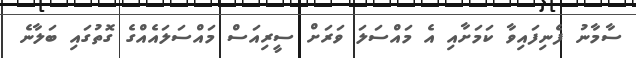
ސާމާނު ފެނިފައިވާ ކަމަށާއި އެ މައްސަލަ ވަރަށް ސީރިއަސް މައްސަލައެއްގެ ގޮތުގައި ބަލާނެ